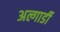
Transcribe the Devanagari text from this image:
अल्गार्डी